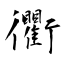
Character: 衢